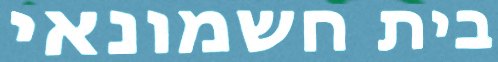
בית חשמונאי